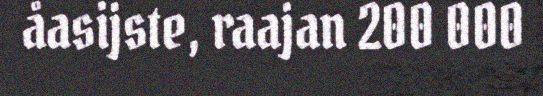
åasijste, raajan 200 000